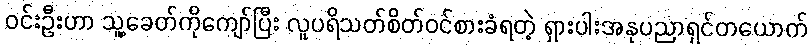
ဝင်းဦးဟာ သူ့ခေတ်ကိုကျော်ပြီး လူပရိသတ်စိတ်ဝင်စားခံရတဲ့ ရှားပါးအနုပညာရှင်တယောက်